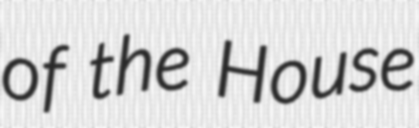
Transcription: of the House